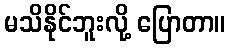
မသိနိုင်ဘူးလို့ ပြောတာ။